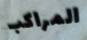
المراكب